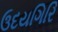
ઉદયગિરિ